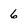
Character: 6